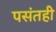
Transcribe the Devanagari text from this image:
पसंतही